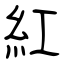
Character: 紅